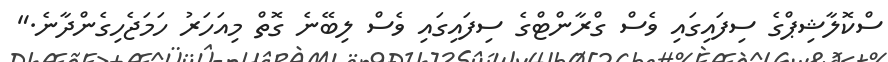
ސްކޮލާޝިޕްގެ ސިފައިގައި ވެސް ގްރާންޓްގެ ސިފައިގައި ވެސް ލިބޭނެ ގޮތް މިއަހަރު ހަމަޖެހިގެންދާނެ."